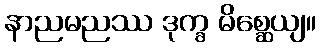
နာညမညဿ ဒုက္ခ မိစ္ဆေယျ။